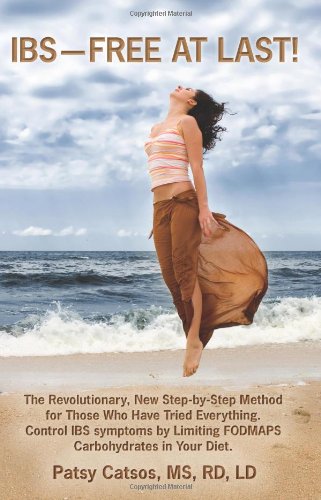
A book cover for IBS--Free at Last!: A Revolutionary, New Step-by-Step Method for Those Who Have Tried Everything. Control IBS Symptoms by Limiting FODMAPS Carbohydrates in Your Diet.; Patsy Catsos; Health, Fitness & Dieting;